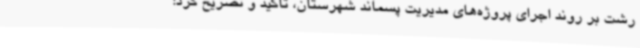
رشت بر روند اجرای پروژه‌های مدیریت پسماند شهرستان، تاکید و تصریح کرد: